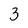
Character: 3